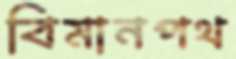
বিমানপথ